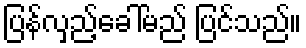
ပြန်လှည့်ခေါ်မည် ပြင်သည်။